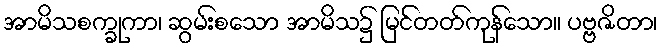
အာမိသစက္ခုကာ၊ ဆွမ်းစသော အာမိသ၌ မြင်တတ်ကုန်သော။ ပဗ္ဗဇိတာ၊